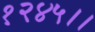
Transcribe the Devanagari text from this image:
१२४५।।